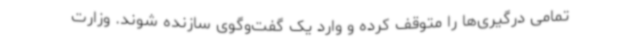
تمامی درگیری‌ها را متوقف کرده و وارد یک گفت‌وگوی سازنده شوند. وزارت